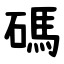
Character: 碼